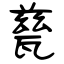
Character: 甆